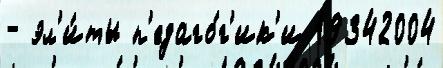
- эл'и́ты п'едаго́г'ик'и 19342004